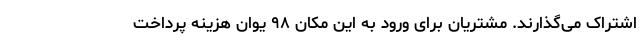
اشتراک می‌گذارند. مشتریان برای ورود به این مکان ۹۸ یوان هزینه پرداخت